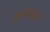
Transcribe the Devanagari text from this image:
ज्ञानवाहन